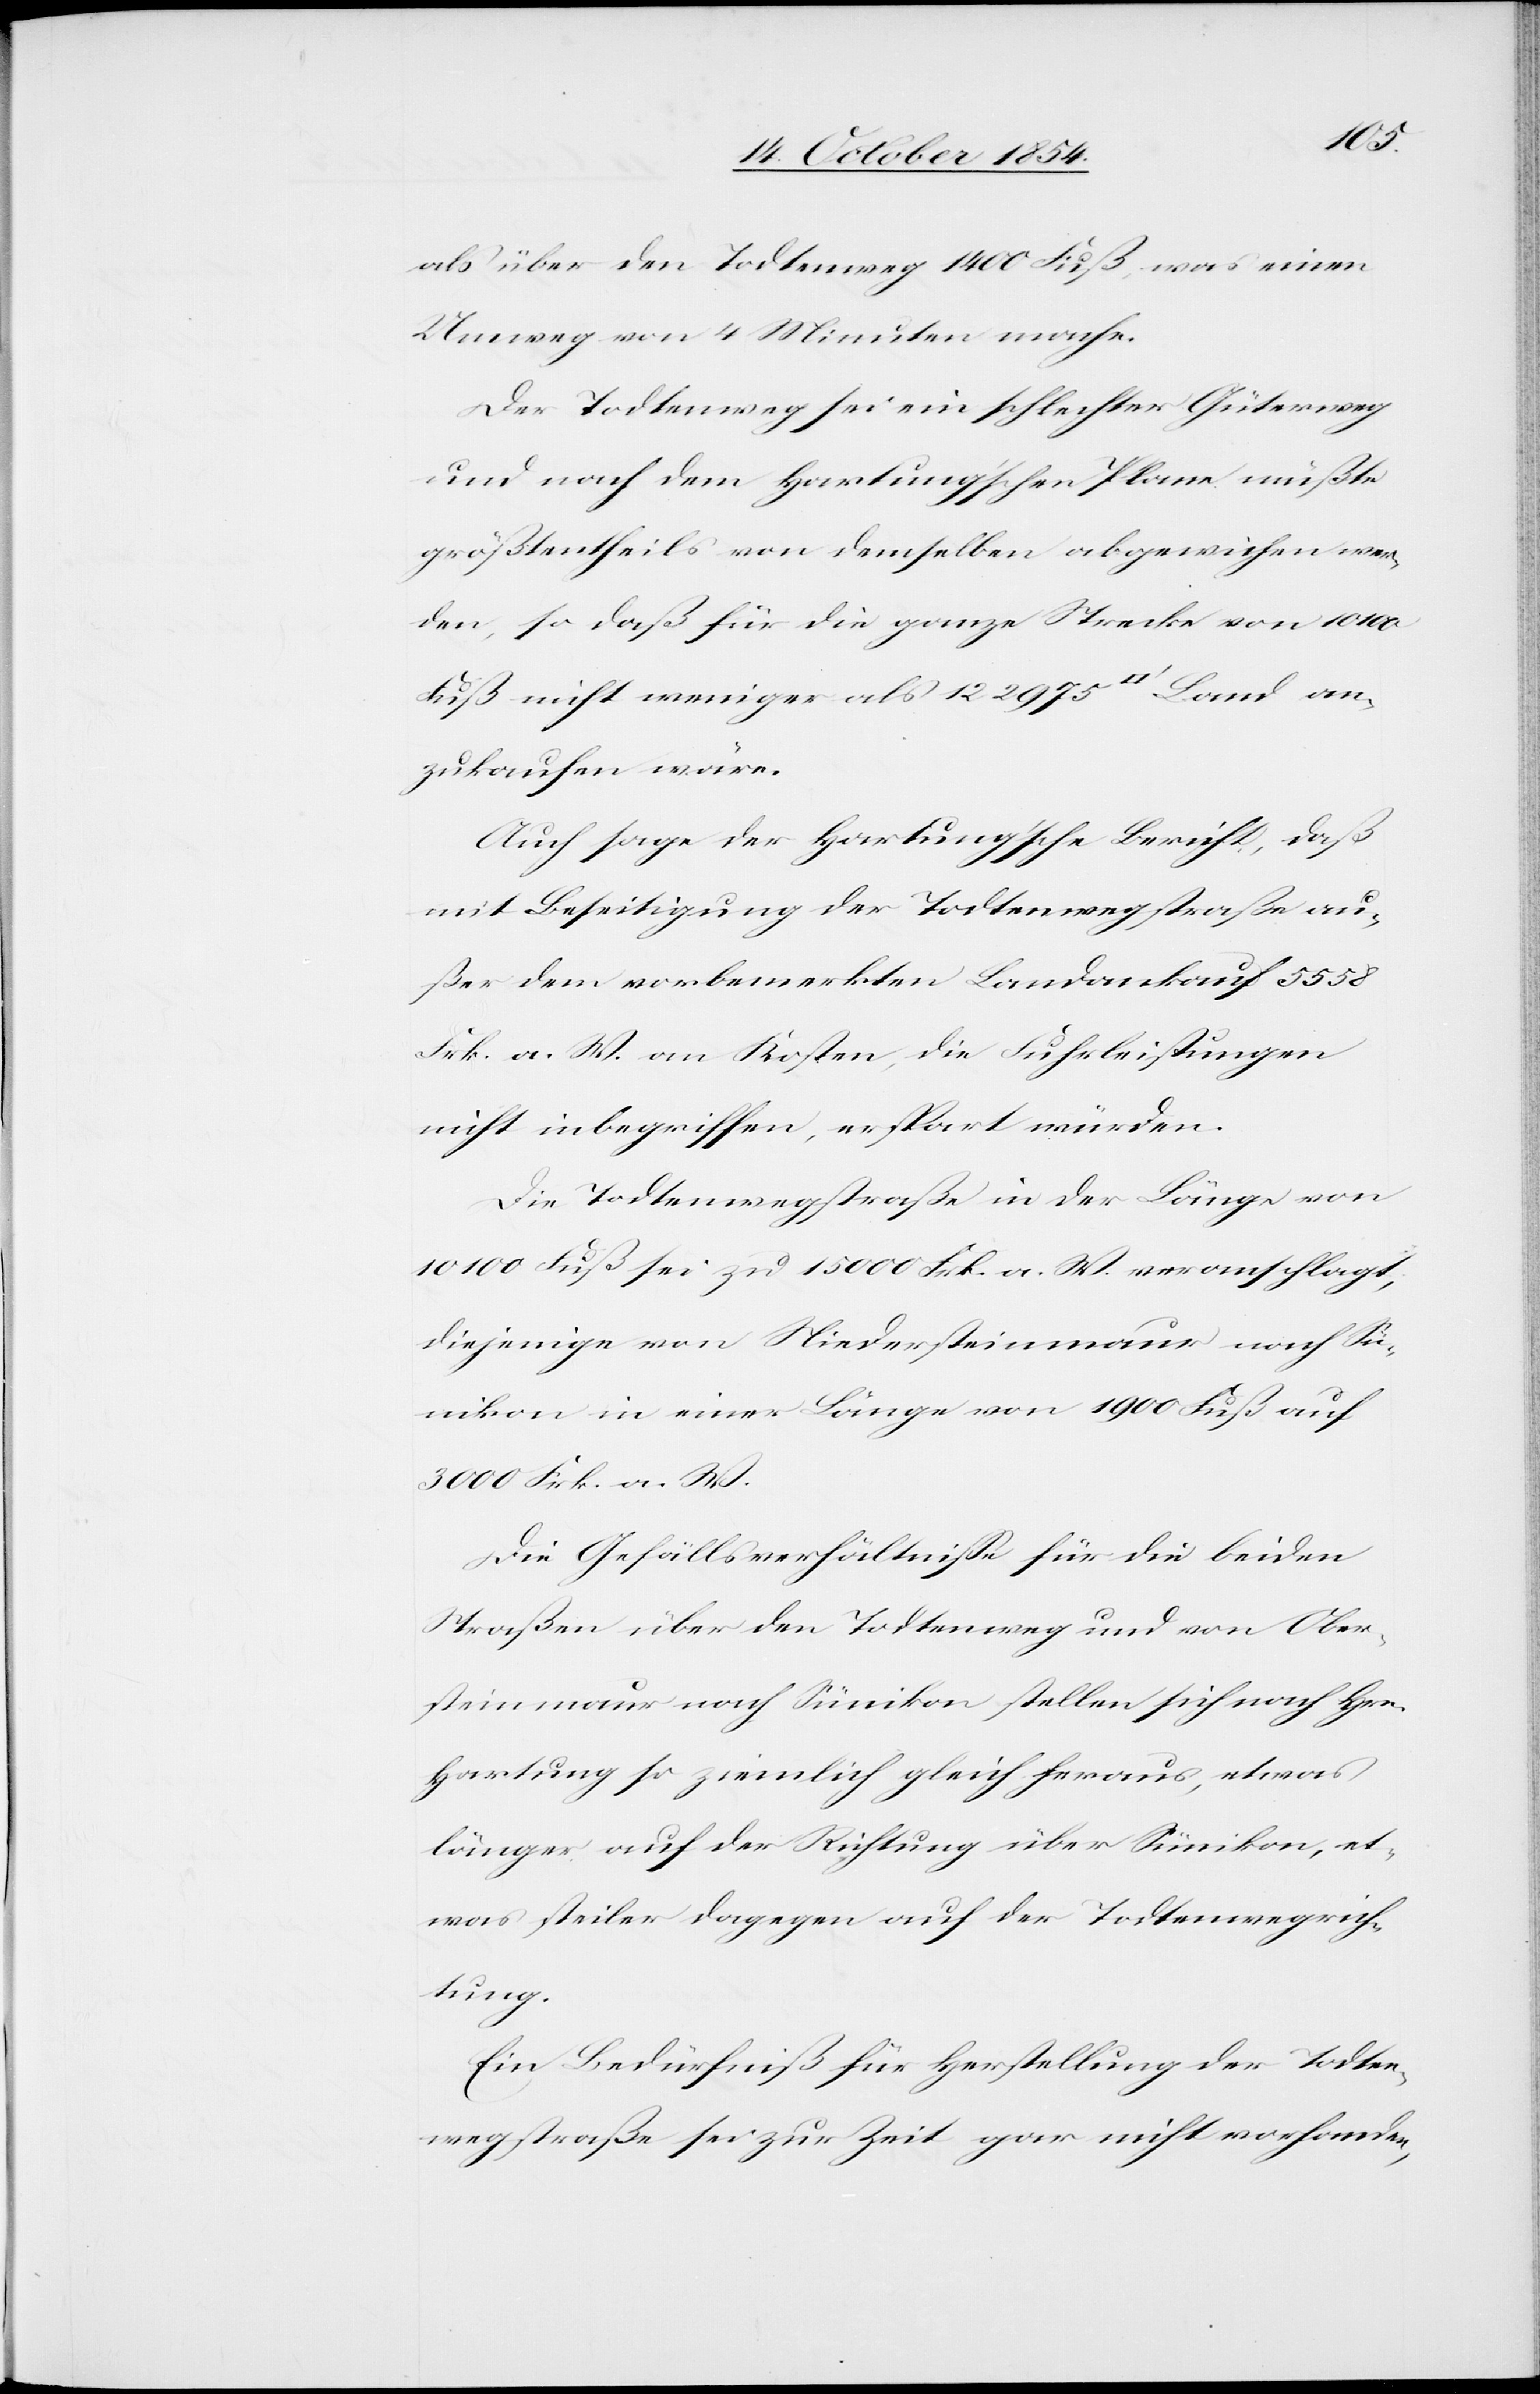
als über den Todtenweg 1400 Fuß, was einen
Umweg von 4 Minuten mache.
Der Todtenweg sei ein schlechter Güterweg
und nach dem Hartung’schen Plane müßte
größtentheils von demselben abgewichen wer¬
den, so daß für die ganze Strecke von 10
Fuß nicht weniger als 122 975 [Quadratfuß] Land an¬
zukaufen wäre.
Auch sage der Hartung’sche Bericht, daß
mit Beseitigung der Todtenwegstraße au¬
ßer dem vorbemerkten Landankauf 5558
Frk. a. W. an Kosten, die Fuhrleistungen
nicht inbegriffen, erspart würden.
Die Todtenwegstraße in der Länge von
10 100 Fuß sei zu 15 000 Frk. a. W. veranschlagt,
diejenige von Niedersteinmaur nach S¬
ünikon in einer Länge von 1900 Fuß auf
3000 Frk. a. W.
Die Gefällsverhältniß für die beiden
Straßen über den Todtenweg und von Ober¬
steinmaur nach Sünikon stellen sich nach Hrn.
Hartung so ziemlich gleich heraus, etwa¬
s steiler dagegen auf der Todtenwegrich¬
tung.
Ein Bedürfniß für Herstellung der Todten¬
wegstraße sei zur Zeit gar nicht vorhanden,